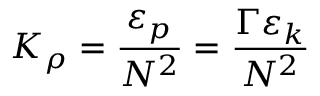
K _ { \rho } = \frac { \varepsilon _ { p } } { N ^ { 2 } } = \frac { \Gamma \varepsilon _ { k } } { N ^ { 2 } }